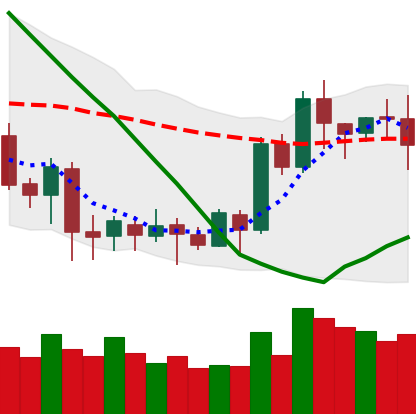
Ticker: LTC-USD
Chart end date: 2020-07-13
Forward return: -3.401%
Label: down_3_5